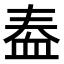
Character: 𫋫